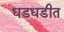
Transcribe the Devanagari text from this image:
धडधडीत